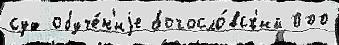
суд обуче́н'иjе богосло́вск'ий 000